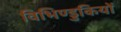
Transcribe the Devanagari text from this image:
विभिण्डुकियों